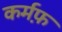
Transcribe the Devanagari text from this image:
कर्मफ़